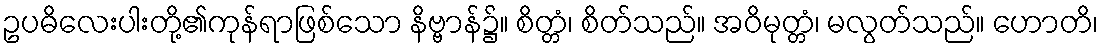
ဥပဓိလေးပါးတို့၏ကုန်ရာဖြစ်သော နိဗ္ဗာန်၌။ စိတ္တံ၊ စိတ်သည်။ အဝိမုတ္တံ၊ မလွတ်သည်။ ဟောတိ၊